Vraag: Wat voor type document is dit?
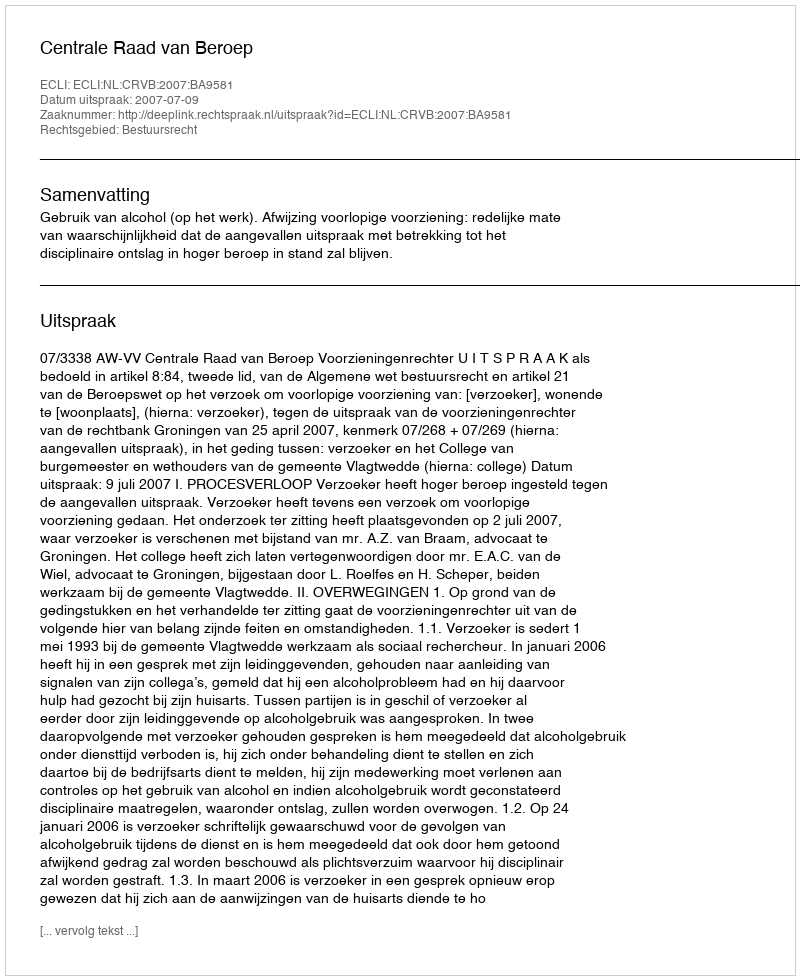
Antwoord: Uitspraak